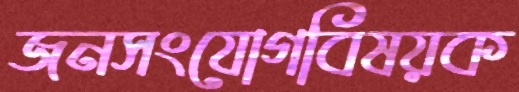
জনসংযোগবিষয়ক